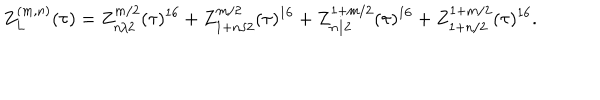
Z _ { L } ^ { ( m , n ) } ( \tau ) = Z _ { n / 2 } ^ { m / 2 } ( \tau ) ^ { 1 6 } + Z _ { 1 + n / 2 } ^ { m / 2 } ( \tau ) ^ { 1 6 } + Z _ { n / 2 } ^ { 1 + m / 2 } ( \tau ) ^ { 1 6 } + Z _ { 1 + n / 2 } ^ { 1 + m / 2 } ( \tau ) ^ { 1 6 } .